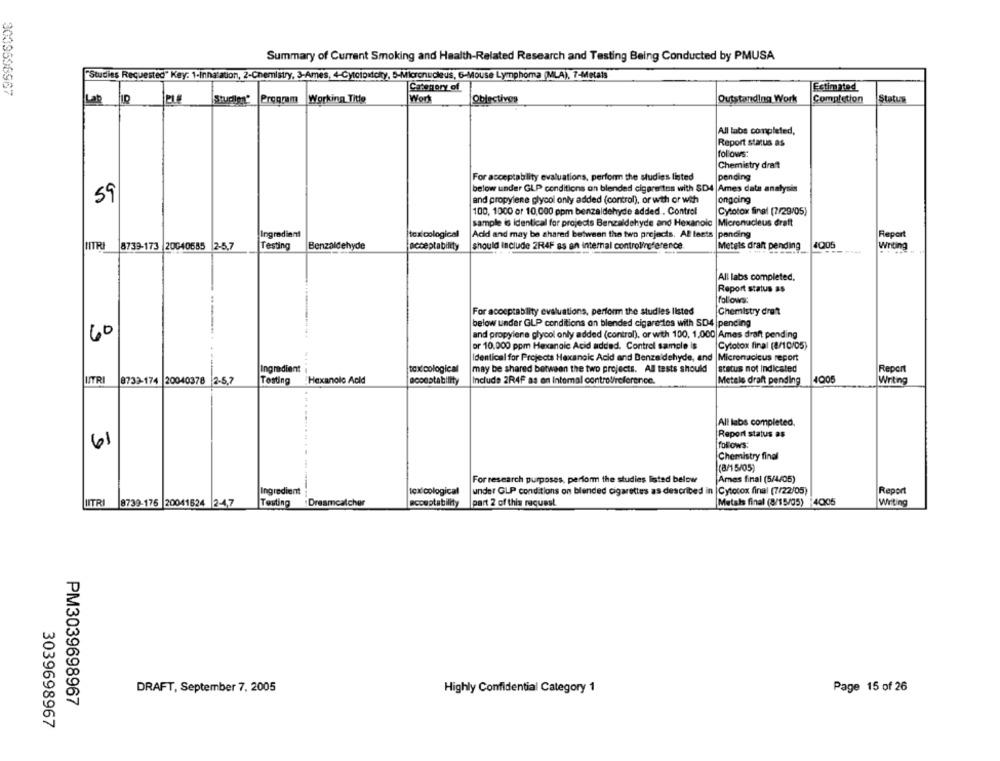
Summary of Current Smoking and Health-Related Research and Testing Being Conducted by PMUSA
"Studies Requested" Key: 1-Innatation, 2-Chemistry, 3-Ames, 4-Cytotoxicky, 5-Micronucleus, 6-Mouse Lymphoma (MLA), 7-Metals
Category of
Estimated
3039696567
Studien' Program Working Title
Worl
Obiectives
Outstanding Work
Completion
Status
Lat
All labs completed,
Report status as
follows:
Chemistry drat
For acceptability evaluations, perform the studies listed
pending
below under GLP conditions an blended cigarettes with SD4 Ames data analysis
ongoing
59
and propylene glycol only added (control), or with or with
100, 1000 or 10,000 ppm benzaldehyde added . Control
Cytotox final (7/29/05)
sample is identical for projects Benzaldehyde and Hexanoic |Micronucleus draft
Ingredient
toxicological
Acid and may be shared between the two projects. Al tests |pending
Report
4Q05
NITRI
8739-173 20040585 2-5.7
Testing
Benzaldehyde
acceptability
should Include 2R4F ss an internal controlireference.
Metels draft pending
Writing
All labs completed.
Report status as
follows:
For acceptablity evaluations, perform the studles listed
Chemistry dret
below under GLP conditions on blended cigarettes with SD4 |pending
60
and propylene glycol only added (control), or with 100, 1,000 Ames draft pending
or 10.000 ppm Hexanoic Acid added. Control sample is
Cytotox final (8/10/05)
Identical for Projects Hexanoic Acid and Benzaldehyde, and |Micronucleus report
Ingredienti
tox cological
may be shared between the two projects. All tests should
status not Indicated
Report
UTRI
8733-174 20040378 2-5.7
Testing Hexanolc Acid
aconstability
Include 2R4F as on Intomal control/reference.
Metale draft pending
400
Writing
All labs completed.
Report status as
61
follows:
Chemistry final
(8/15/05)
For research purposes, perform the studies listed below
Ames final (5/4/05)
Ingredient
toxicological
under GLP conditions on blended cigarettes as described in |Cytotox final (7/22/05)
Report
Testing
Dreamcatcher
acceptability
part 2 of this request.
Metals final (8/15/05) |4005
Writing
UTRI 8739-176 20041624 2-47
DRAFT, September 7, 2005
Highly Confidential Category 1
Page 15 of 26
PM3039698967
3039698967